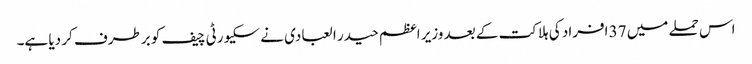
اس حملے میں 37 افراد کی ہلاکت کے بعد وزیر اعظم حیدر ا لعبادی نے سکیورٹی چیف کو برطرف کر دیا ہے۔